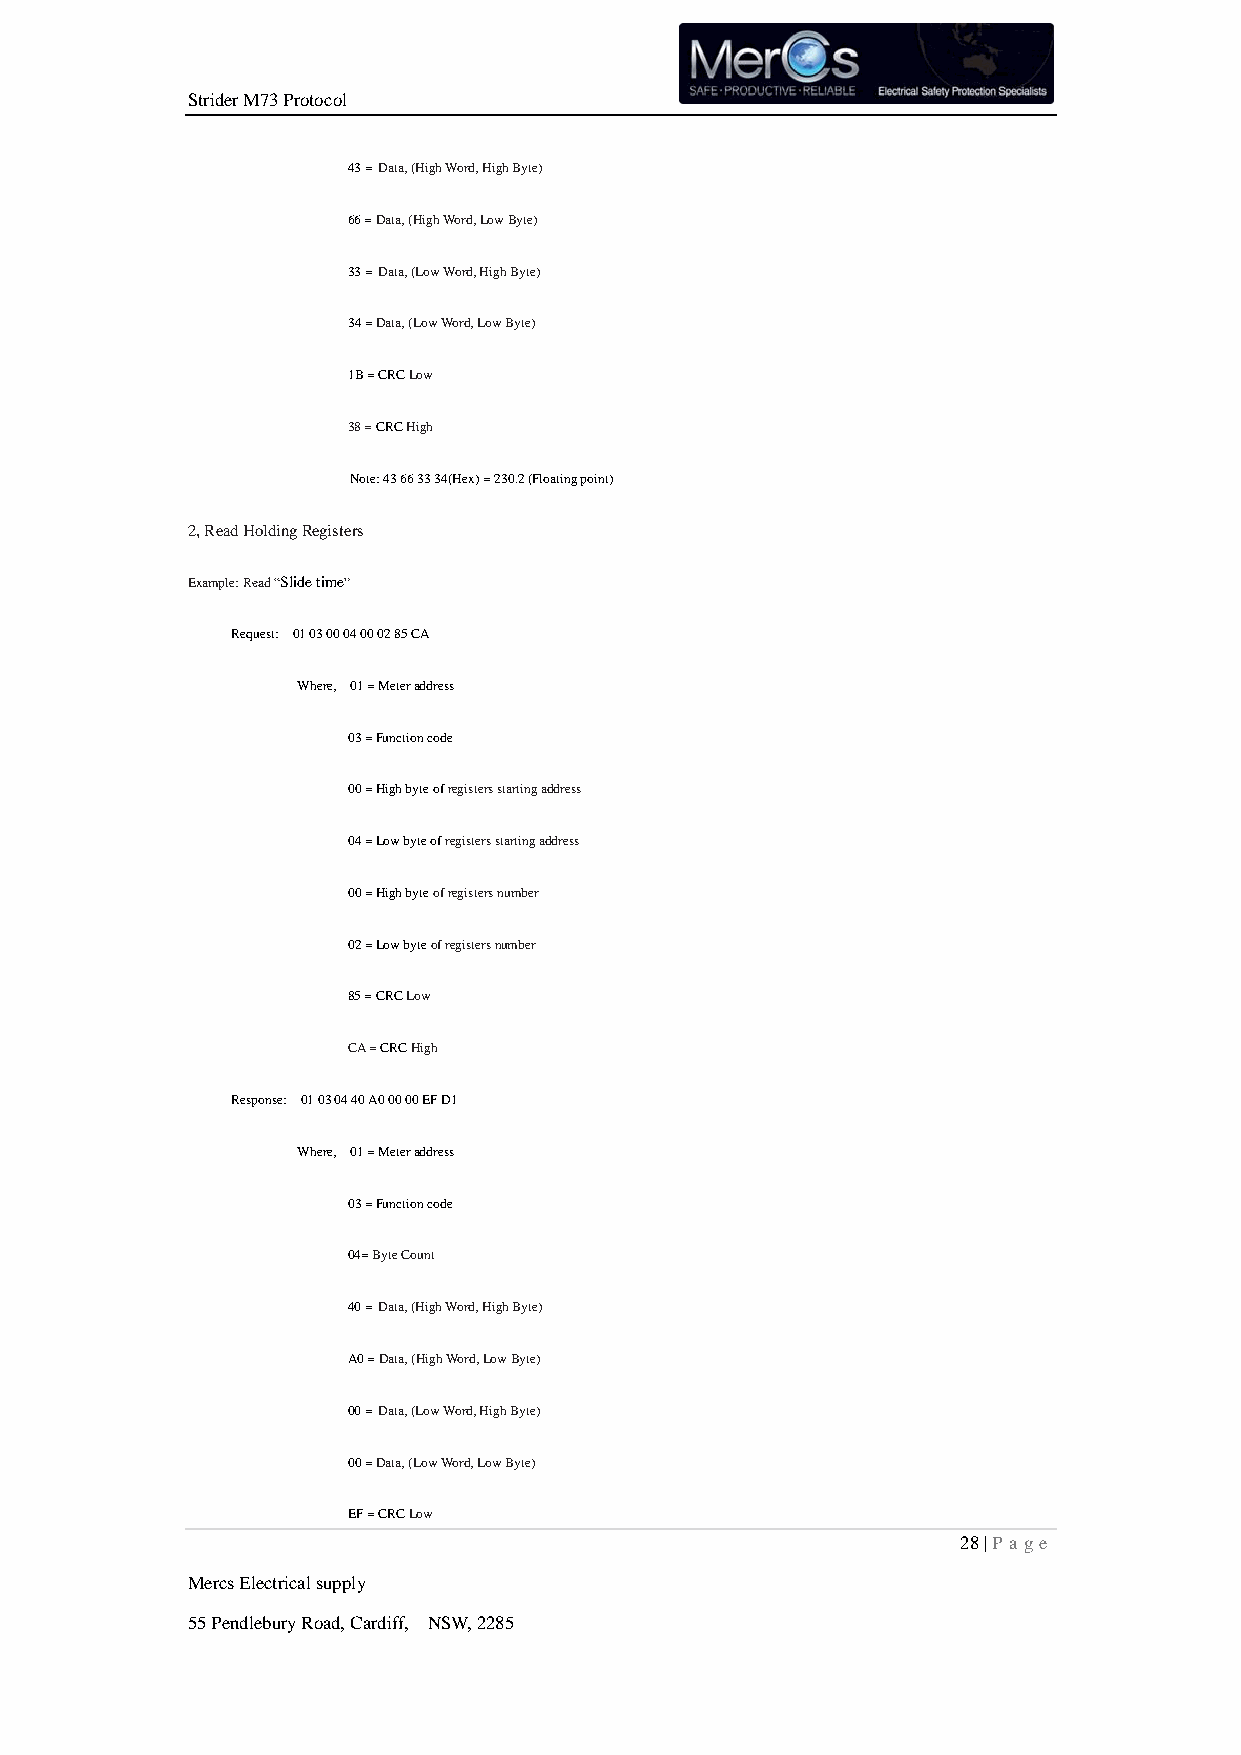
Strider M73 Protocol
 43 =Data, (High Word, High Byte)
 66 = Data, (High Word, Low Byte)
 33 =Data, (Low Word, High Byte)
 34 = Data, (Low Word, Low Byte)
 1B = CRC Low
 38 = CRC High
 Note: 43 66 33 34(Hex) = 230.2 (Floating point)
 2, Read Holding Registers
 Example: Read “Slide time”
 Request: 01 03 00 04 00 02 85 CA
 Where, 01 = Meter address
 03 = Function code
 00 = High byte of registers starting address
 04 = Low byte of registers starting address
 00 = High byte of registers number
 02 = Low byte of registers number
 85 = CRC Low
 CA = CRC High
 Response: 01 03 04 40 A0 00 00 EF D1
 Where, 01 = Meter address
 03 = Function code
 04= Byte Count
 40 =Data, (High Word, High Byte)
 A0 = Data, (High Word, Low Byte)
 00 =Data, (Low Word, High Byte)
 00 = Data, (Low Word, Low Byte)
 EF = CRC Low
 28 | P age
 Mercs Electrical supply
 55 Pendlebury Road, Cardiff, NSW, 2285